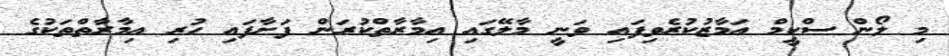
މި ލޯން ސްކީމް އަމާޒުކުރެވިފައި ވަނީ މާލޭގައި އިމާރާތްކުރަން ފަށާފައި ހުރި އިމާރާތްތަކުގެ